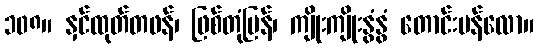
၁၀၈။ နှင်ထုတ်တဖန်၊ ဖြစ်တုံပြန်၊ ကျိုးကျိုးနွံနွံ တောင်းပန်လော။